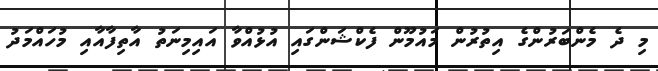
މި ދެ މެންބަރުންގެ އިތުރުން މައުމޫން ފެކްޝަންގައި އުޅުއްވާ އައިމިނަތު އާތިފާއާއި މުހައްމަދު